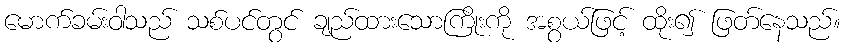
မောက်ခမ်းဝါသည် သစ်ပင်တွင် ချည်ထားသောကြိုးကို အစွယ်ဖြင့် ထိုး၍ ဖြတ်နေသည်။